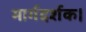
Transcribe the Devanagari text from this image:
मार्गदर्शक।